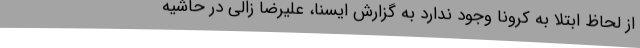
از لحاظ ابتلا به کرونا وجود ندارد به گزارش ایسنا، علیرضا زالی در حاشیه